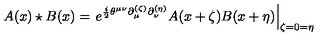
A ( x ) \star B ( x ) = \left. e ^ { \frac { i } { 2 } \theta ^ { \mu \nu } \partial _ { \mu } ^ { ( \zeta ) } \partial _ { \nu } ^ { ( \eta ) } } A ( x + \zeta ) B ( x + \eta ) \right| _ { \zeta = 0 = \eta }